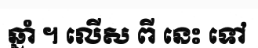
ឆ្នាំ ។ លើស ពី នេះ ទៅ